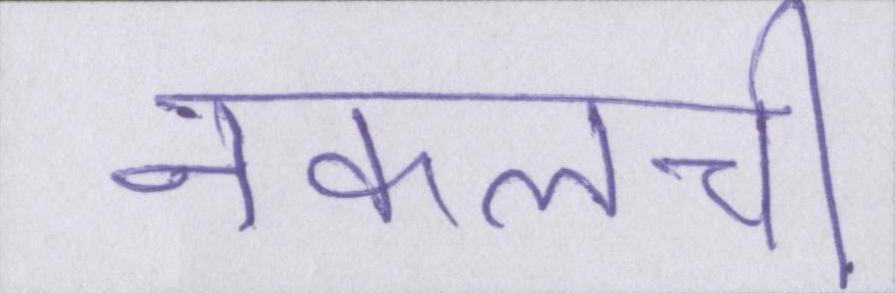
नकलची